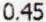
0.45